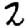
Digit: 2